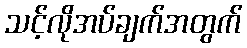
သင့်လိုအပ်ချက်အတွက်